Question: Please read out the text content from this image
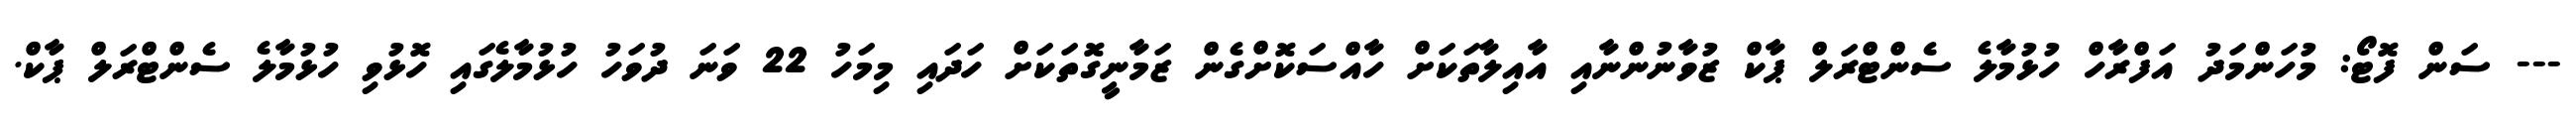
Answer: --- ސަން ފޮޓޯ: މުހަންމަދު އަފްރާހް ހުޅުމާލެ ސެންޓްރަލް ޕާކް ޒުވާނުންނާއި އާއިލާތަކަށް ހާއްސަކޮށްގެން ޒަމާނީގޮތަކަށް ހަދައި މިމަހު 22 ވަނަ ދުވަހު ހުޅުމާލެގައި ހޮޅުވި ހުޅުމާލެ ސެންޓްރަލް ޕާކް.